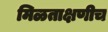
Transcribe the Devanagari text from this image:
मिळताक्षणीच